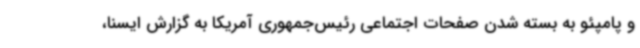
و پامپئو به بسته شدن صفحات اجتماعی رئیس‌جمهوری آمریکا به گزارش ایسنا،